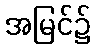
အမြင်၌